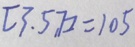
[ 3 . 5 , 7 ] = 1 0 5